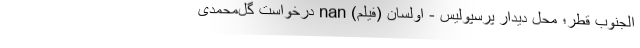
الجنوب قطر؛ محل دیدار پرسپولیس - اولسان (فیلم) nan درخواست گل‌محمدی